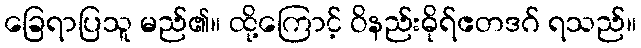
ခြေရာပြသူ မည်၏။ ထို့ကြောင့် ဝိနည်းဓိုရ်ဧတဒဂ် ရသည်။